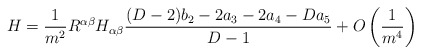
\begin{align*}H= \frac{1}{m^2} R^{\alpha\beta} H_{\alpha\beta}\frac{(D-2)b_2 - 2a_3-2a_4-Da_5}{D-1}+ O \left(\frac{1}{m^4}\right)\end{align*}